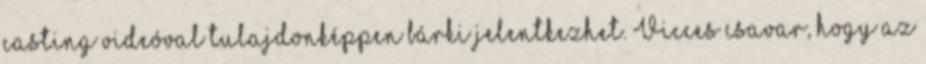
casting videóval tulajdonképpen bárki jelentkezhet. Vicces csavar, hogy az